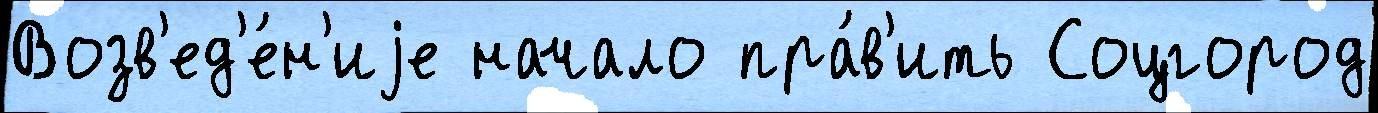
Возв'ед'е́н'иjе начало пра́в'ить Соцгород